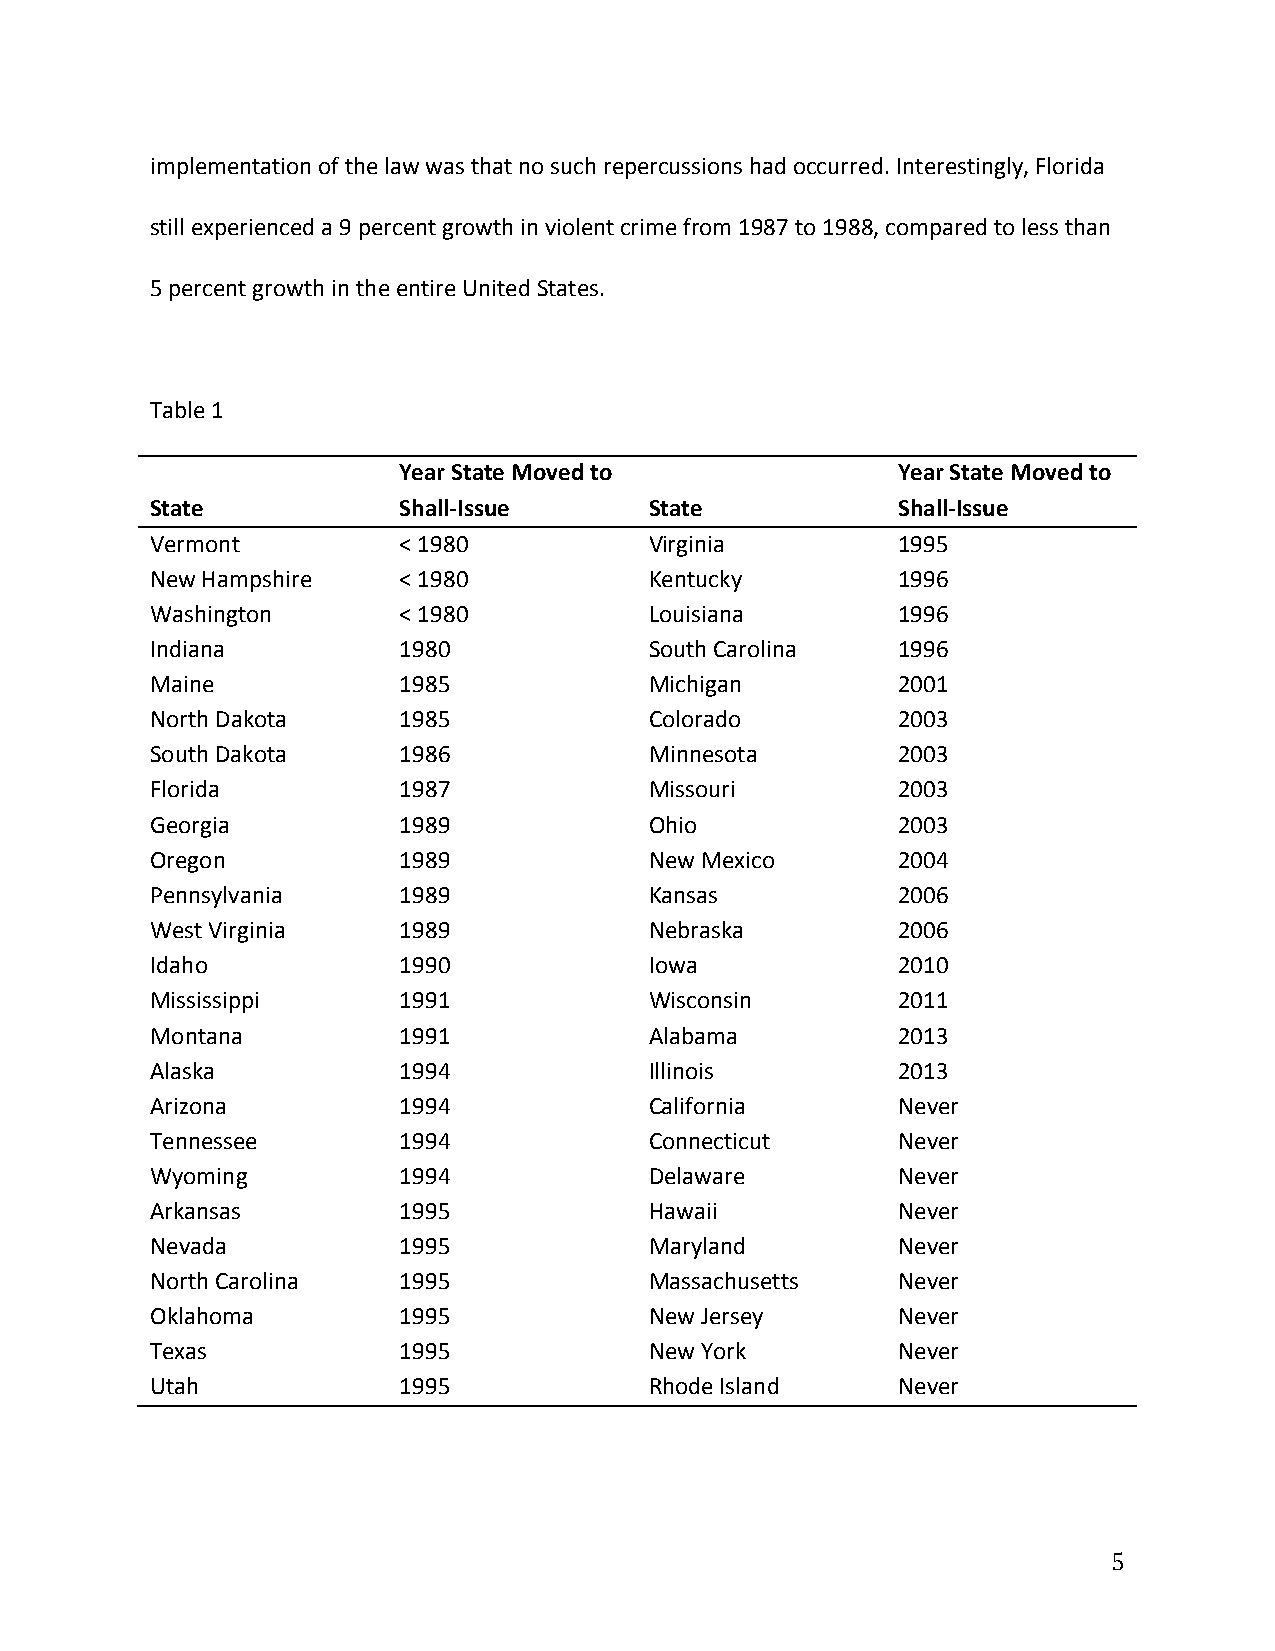
implementation of the law was that no such repercussions had occurred. Interestingly, Florida
 still experienced a 9 percent growth in violent crime from 1987 to 1988, compared to less than
 5 percent growth in the entire United States.
 Table 1
 Year State Moved to              Year State Moved to
 State           Shall-­‐Issue    State           Shall-­‐Issue
 Vermont         < 1980           Virginia        1995
 New Hampshire   < 1980           Kentucky        1996
 Washington      < 1980           Louisiana       1996
 Indiana         1980             South Carolina  1996
 Maine           1985             Michigan        2001
 North Dakota    1985             Colorado        2003
 South Dakota    1986             Minnesota       2003
 Florida         1987             Missouri        2003
 Georgia         1989             Ohio            2003
 Oregon          1989             New Mexico      2004
 Pennsylvania    1989             Kansas          2006
 West Virginia   1989             Nebraska        2006
 Idaho           1990             Iowa            2010
 Mississippi     1991             Wisconsin       2011
 Montana         1991             Alabama         2013
 Alaska          1994             Illinois        2013
 Arizona         1994             California      Never
 Tennessee       1994             Connecticut     Never
 Wyoming         1994             Delaware        Never
 Arkansas        1995             Hawaii          Never
 Nevada          1995             Maryland        Never
 North Carolina  1995             Massachusetts   Never
 Oklahoma        1995             New Jersey      Never
 Texas           1995             New York        Never
 Utah            1995             Rhode Island    Never
 5